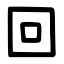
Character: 回